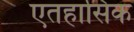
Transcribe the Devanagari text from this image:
एतहासिक